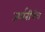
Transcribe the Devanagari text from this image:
जर्मनीचेच